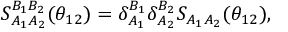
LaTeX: S _ { A _ { 1 } A _ { 2 } } ^ { B _ { 1 } B _ { 2 } } ( \theta _ { 1 2 } ) = \delta _ { A _ { 1 } } ^ { B _ { 1 } } \delta _ { A _ { 2 } } ^ { B _ { 2 } } S _ { A _ { 1 } A _ { 2 } } ( \theta _ { 1 2 } ) ,